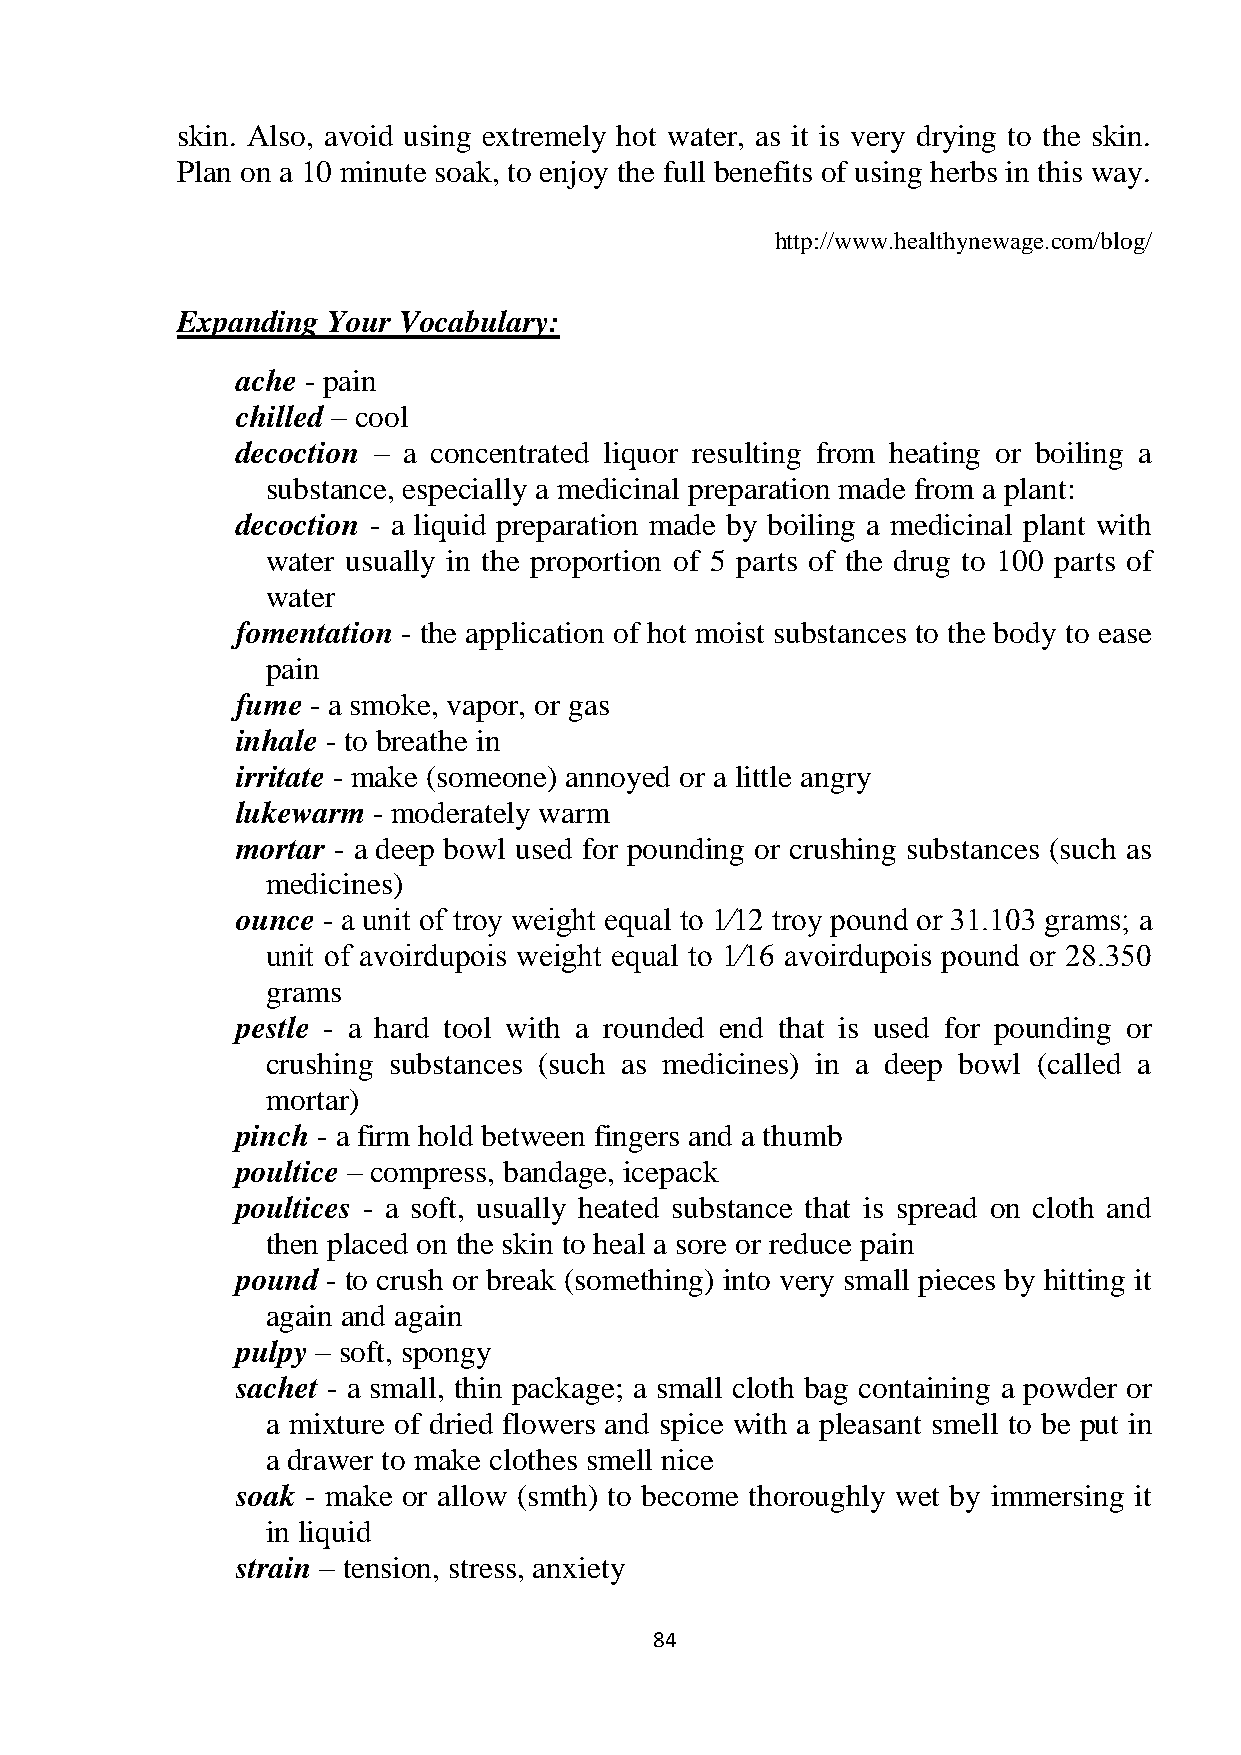
skin. Also, avoid using extremely hot water, as it is very drying to the skin.
 Plan on a 10 minute soak, to enjoy the full benefits of using herbs in this way.
 http://www.healthynewage.com/blog/
 Expanding Your Vocabulary:
 ache - pain
 chilled – cool
 decoction – a concentrated liquor resulting from heating or boiling a
 substance, especially a medicinal preparation made from a plant:
 decoction - a liquid preparation made by boiling a medicinal plant with
 water usually in the proportion of 5 parts of the drug to 100 parts of
 water
 fomentation - the application of hot moist substances to the body to ease
 pain
 fume - a smoke, vapor, or gas
 inhale - to breathe in
 irritate - make (someone) annoyed or a little angry
 lukewarm - moderately warm
 mortar - a deep bowl used for pounding or crushing substances (such as
 medicines)
 ounce - a unit of troy weight equal to 1⁄12 troy pound or 31.103 grams; a
 unit of avoirdupois weight equal to 1⁄16 avoirdupois pound or 28.350
 grams
 pestle - a hard tool with a rounded end that is used for pounding or
 crushing substances (such as medicines) in a deep bowl (called a
 mortar)
 pinch - a firm hold between fingers and a thumb
 poultice – compress, bandage, icepack
 poultices - a soft, usually heated substance that is spread on cloth and
 then placed on the skin to heal a sore or reduce pain
 pound - to crush or break (something) into very small pieces by hitting it
 again and again
 pulpy – soft, spongy
 sachet - a small, thin package; a small cloth bag containing a powder or
 a mixture of dried flowers and spice with a pleasant smell to be put in
 a drawer to make clothes smell nice
 soak - make or allow (smth) to become thoroughly wet by immersing it
 in liquid
 strain – tension, stress, anxiety
 84